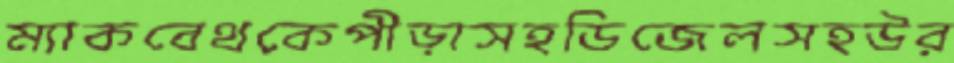
ম্যাকবেথকেপীড়াসহডিজেলসহউর